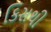
કિસથી